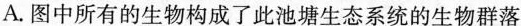
A.图中所有的生物构成了此池塘生态系统的生物群落